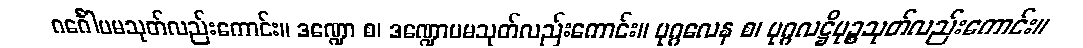
ဂင်္ဂေါပမသုတ်လည်းကောင်း။ ဒဏ္ဍော စ၊ ဒဏ္ဍောပမသုတ်လည်းကောင်း။ ပုဂ္ဂလေန စ၊ ပုဂ္ဂလဋ္ဌိပုဉ္စသုတ်လည်းကောင်း။